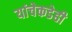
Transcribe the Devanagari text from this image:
यांचेकडेही